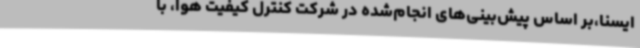
ایسنا،بر اساس پیش‌بینی‌های انجام‌شده در شرکت کنترل کیفیت هوا، با